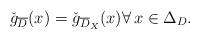
LaTeX: \begin{align*}\check{g}_{\overline{D}}(x)=\check{g}_{\overline{D}_X}(x)\forall\,x\in \Delta_D.\end{align*}